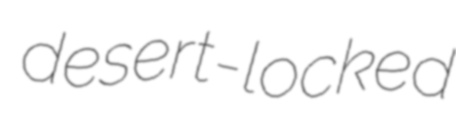
desert-locked